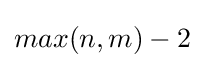
max(n,m)-2